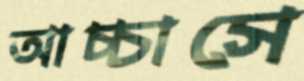
আচ্চাসে